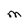
Character: M